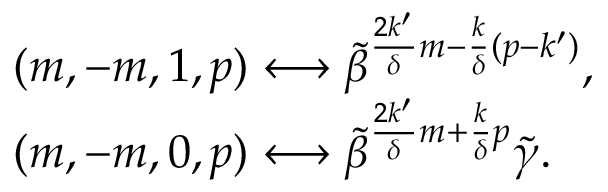
\begin{array} { l } { { ( m , - m , 1 , p ) \longleftrightarrow \tilde { \beta } ^ { \frac { 2 k ^ { \prime } } { \delta } m - \frac { k } { \delta } ( p - k ^ { \prime } ) } , } } \\ { { ( m , - m , 0 , p ) \longleftrightarrow \tilde { \beta } ^ { \frac { 2 k ^ { \prime } } { \delta } m + \frac { k } { \delta } p } \tilde { \gamma } . } } \end{array}